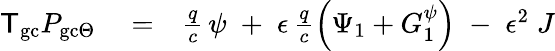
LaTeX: \begin{array}{rlr}{{\sf T}_{\mathrm{gc}}P_{\mathrm{gc}\Theta}}&{{}=}&{\frac{q}{c}\, \psi\; +\; \epsilon\, \frac{q}{c}\left(\Psi_{1}+G_{1}^{\psi}\right)\; -\; \epsilon^{2}\; J}\end{array}